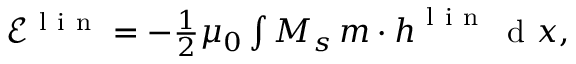
\begin{array} { r } { \mathcal { E } ^ { \mathrm { ~ l ~ i ~ n ~ } } = - \frac { 1 } { 2 } \mu _ { 0 } \int M _ { s } \, \boldsymbol { m } \cdot \boldsymbol { h } ^ { \mathrm { ~ l ~ i ~ n ~ } } \, \mathrm { ~ d ~ } \boldsymbol { x } , } \end{array}